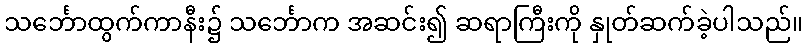
သင်္ဘောထွက်ကာနီး၌ သင်္ဘောက အဆင်း၍ ဆရာကြီးကို နှုတ်ဆက်ခဲ့ပါသည်။